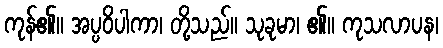
ကုန်၏။ အပ္ပဝိပါကာ၊ တို့သည်။ သုခုမာ၊ ၏။ ကုသလာပန၊